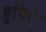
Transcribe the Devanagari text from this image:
हुसित्